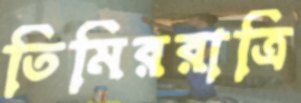
তিমিররাত্রি